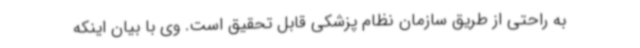
به راحتی از طریق سازمان نظام پزشکی قابل تحقیق است. وی با بیان اینکه